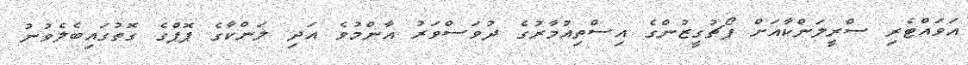
އަވައްޓެރި ސްރީލަންކާއަށް ޕޯޗުގީޒުންގެ އިސްތިއުމާރުގެ ދުވަސްވަރު އާންމުވެ އަދި ލަންކާގެ ޕޮޕްގެ ގޮތުގައިބެލެވުނު